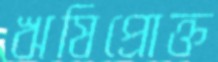
ঋষিপ্রোক্ত